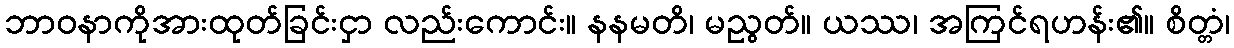
ဘာဝနာကိုအားထုတ်ခြင်းငှာ လည်းကောင်း။ နနမတိ၊ မညွတ်။ ယဿ၊ အကြင်ရဟန်း၏။ စိတ္တံ၊